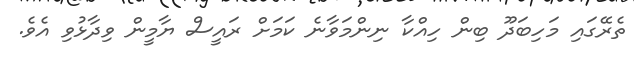
ތެރޭގައި މަހިބަދޫ ބިން ހިއްކާ ނިންމަވާނެ ކަމަށް ރައީސް ޔާމީން ވިދާޅުވި އެވެ.